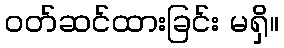
ဝတ်ဆင်ထားခြင်း မရှိ။